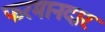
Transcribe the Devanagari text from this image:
फरमानदार